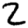
Digit: 2